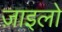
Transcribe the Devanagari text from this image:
ज़ाइलो